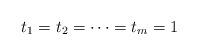
LaTeX: \begin{align*}t_1 = t_2 = \cdots = t_m = 1\end{align*}